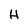
Character: H